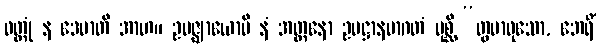
ဝတ္တုံ န ဒေမာတိ အာဟ။ ဥပဇ္ဈာယောပိ နံ အတ္တနော ဥပဋ္ဌာနမာဂတံ ပုစ္ဆိ “တွမာဝုသော, ဘေရိံ